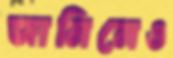
জামিনেও